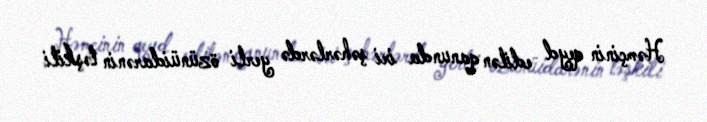
Həmçinin qeyd edilən qanunda iri şəhərlərdə yerli özünüidarənin təşkili